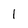
Character: 1